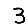
Digit: 3